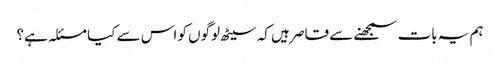
ہم یہ بات سمجھنے سے قاصر ہیں کہ سیٹھ لوگوں کو اس سے کیا مسئلہ ہے؟